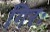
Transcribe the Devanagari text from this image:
गिरः